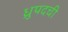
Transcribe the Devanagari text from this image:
ध्रुपदची